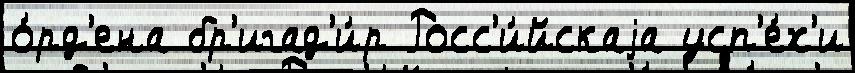
о́рд'ена бр'игад'и́р Росс'и́йскаjа усп'е́х'и